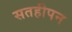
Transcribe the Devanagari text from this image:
सतहीपन